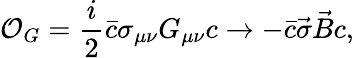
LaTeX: {\cal O}_{G}=\frac{i}{2}\bar{c}\sigma_{\mu\nu}G_{\mu\nu}c\rightarrow-\bar{c}\vec{\sigma}\vec{B}c,